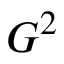
G ^ { 2 }